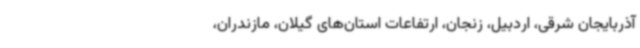
آذربایجان شرقی، اردبیل، زنجان، ارتفاعات استان‌های گیلان، مازندران،